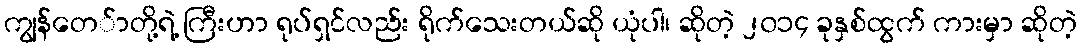
ကျွန်တေ်ာတို့ရဲ့ ကြီးဟာ ရုပ်ရှင်လည်း ရိုက်သေးတယ်ဆို ယုံပါ၊ ဆိုတဲ့ ၂၀၁၄ ခုနှစ်ထွက် ကားမှာ ဆိုတဲ့